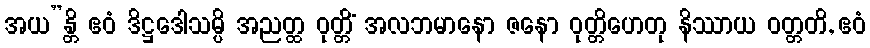
အယ”န္တိ ဧဝံ ဒိဋ္ဌဒေါသမ္ပိ အညတ္ထ ဝုတ္တိံ အလဘမာနော ဇနော ဝုတ္တိဟေတု နိဿာယ ဝတ္တတိ, ဧဝံ